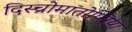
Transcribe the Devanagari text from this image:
दिस्च्रोमातोप्सिया